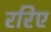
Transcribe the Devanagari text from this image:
ररिए